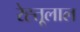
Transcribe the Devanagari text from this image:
रेह्तूलाल